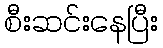
စီးဆင်းနေပြီး